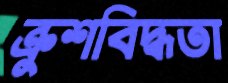
ক্রুশবিদ্ধতা